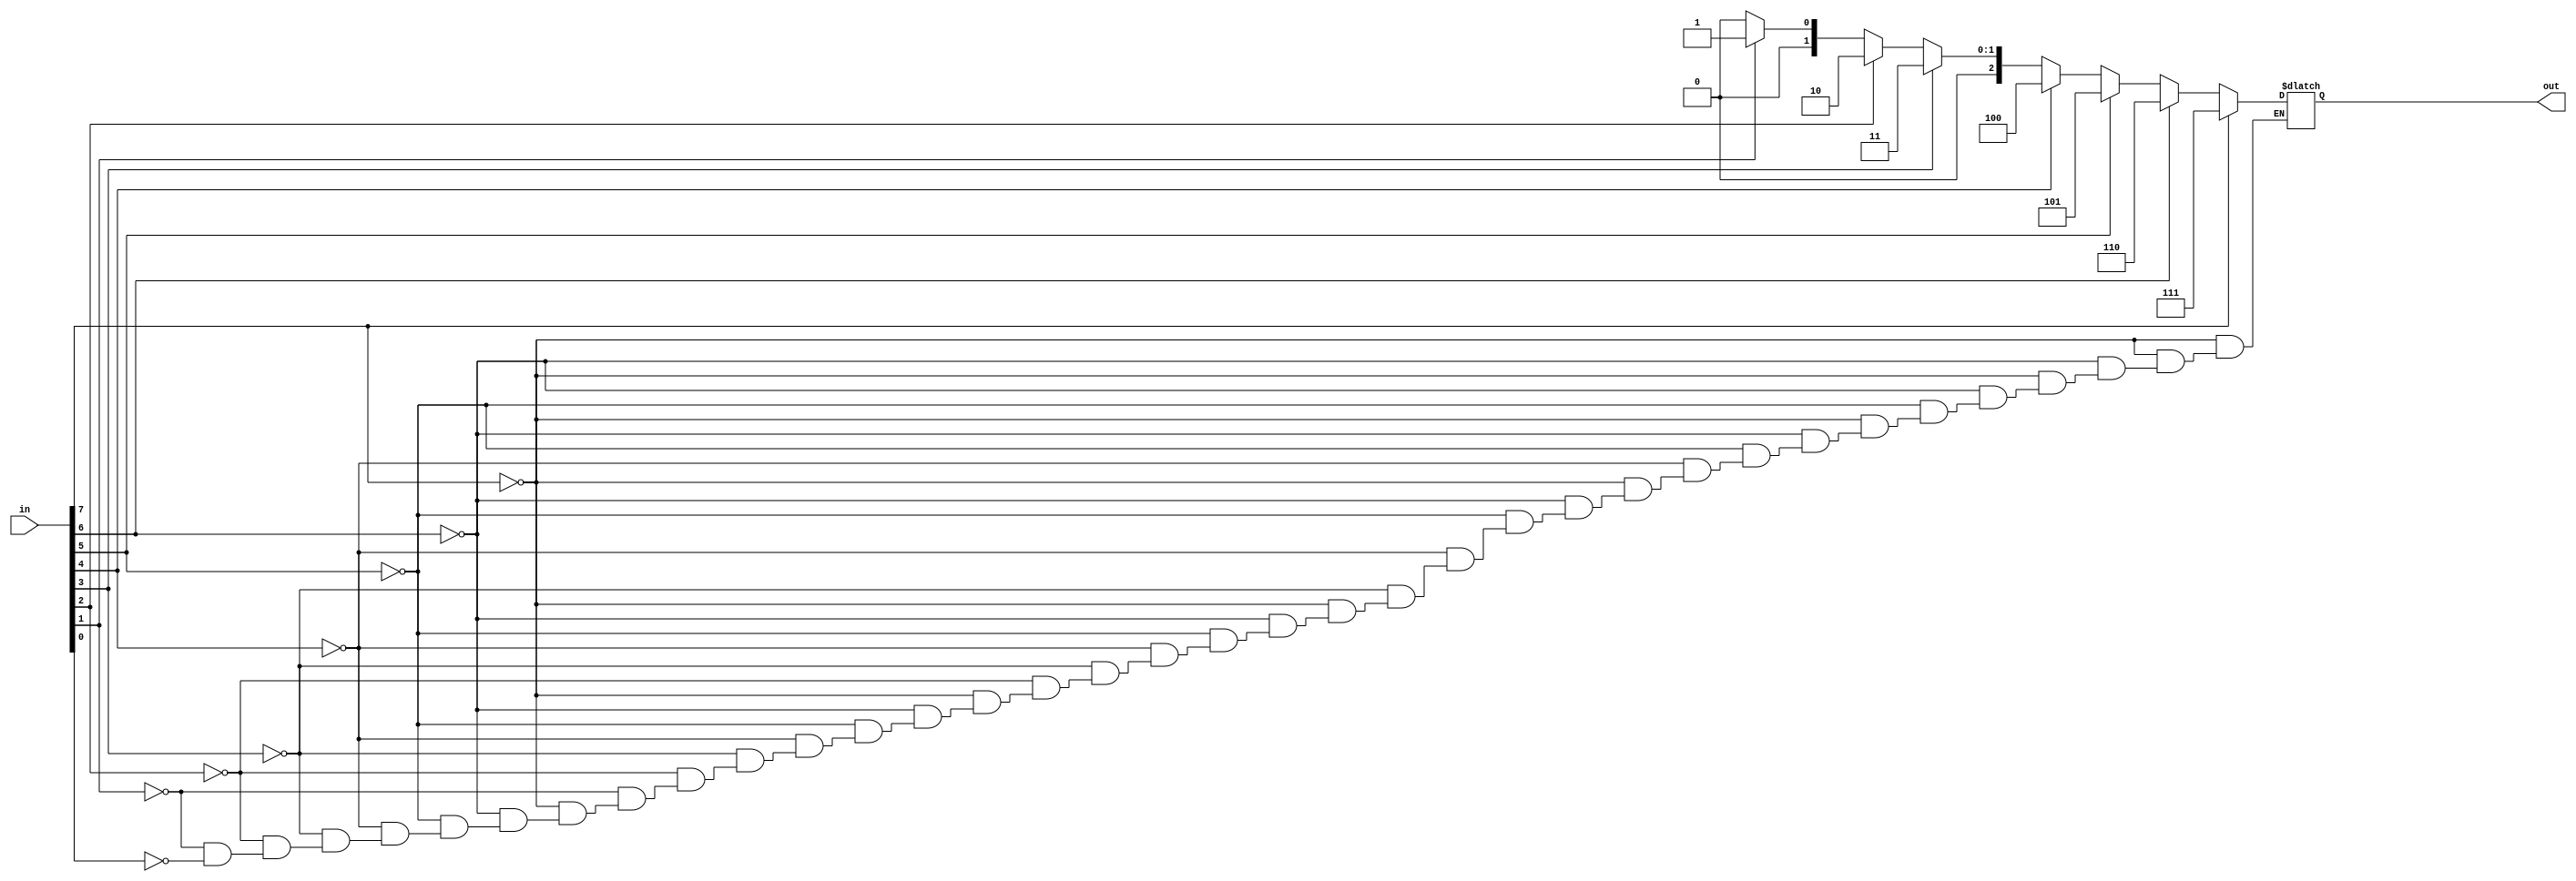
module prior(in, out);

	input [7:0] in;
	output reg [2:0] out;
	
	
	always @(in or out) begin
		
		if(in[7])
			out = 3'b111;
		else if(in[6])
			out = 3'b110;
		else if(in[5])
			out = 3'b101;
		else if(in[4])
			out = 3'b100;
		else if(in[3])
			out = 3'b011;
		else if(in[2])
			out = 3'b010;
		else if(in[1])
			out = 3'b001;
		else if(in[0])
			out = 3'b000;
		
	end
	
endmodule